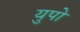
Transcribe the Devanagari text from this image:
युपो